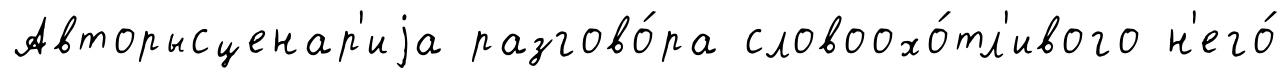
Авторысценар'иjа разгово́ра словоохо́тл'ивого н'его́